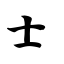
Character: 士